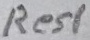
Text: Res1